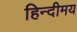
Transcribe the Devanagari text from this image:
हिन्दीमय